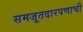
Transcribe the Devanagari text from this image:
समजूतदारपणाची